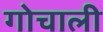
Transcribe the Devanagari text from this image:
गोचाली